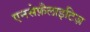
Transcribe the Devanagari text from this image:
एनसेफ़ैलाइटिज़